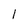
Character: 1